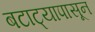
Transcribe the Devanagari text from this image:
बटाट्यापासून